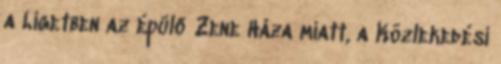
a Ligetben az épülő Zene Háza miatt, a Közlekedési